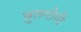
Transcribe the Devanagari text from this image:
बुलगोगी